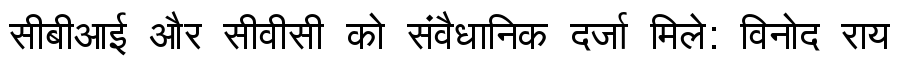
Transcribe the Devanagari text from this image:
सीबीआई और सीवीसी को संवैधानिक दर्जा मिले: विनोद राय